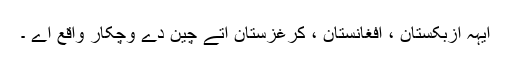
ایہہ ازبکستان ، افغانستان ، کرغزستان اتے چین دے وچکار واقع اے ۔